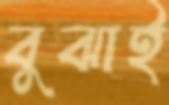
বুঝাই